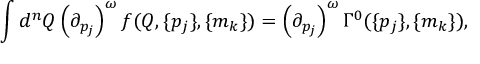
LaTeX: \int d ^ { n } Q \left( { \partial } _ { p _ { j } } \right) ^ { \omega } f ( Q , \{ p _ { j } \} , \{ m _ { k } \} ) = \left( { \partial } _ { p _ { j } } \right) ^ { \omega } \Gamma ^ { 0 } ( \{ p _ { j } \} , \{ m _ { k } \} ) ,